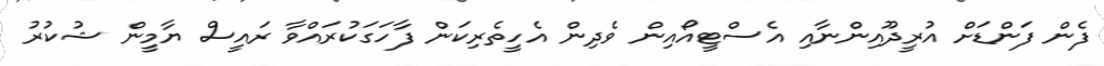
ފެން ފަންޑަށް އުރީދޫއިންނާއި އެސްޓީއޯއިން ވެދިން އެހީތެރިކަން ފާހަގަކުރައްވާ ރައީސް ޔާމީން ޝުކުރު